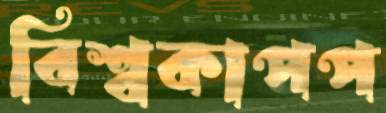
বিশ্বকাপপ